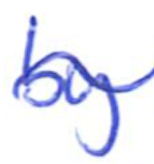
Text: by
Cross-out: wave
Writing tool: ballpoint